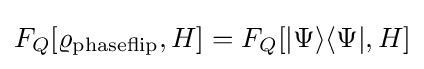
F_{Q}[\varrho _{\rm {phaseflip}},H]=F_{Q}[|\Psi \rangle \langle \Psi |,H]